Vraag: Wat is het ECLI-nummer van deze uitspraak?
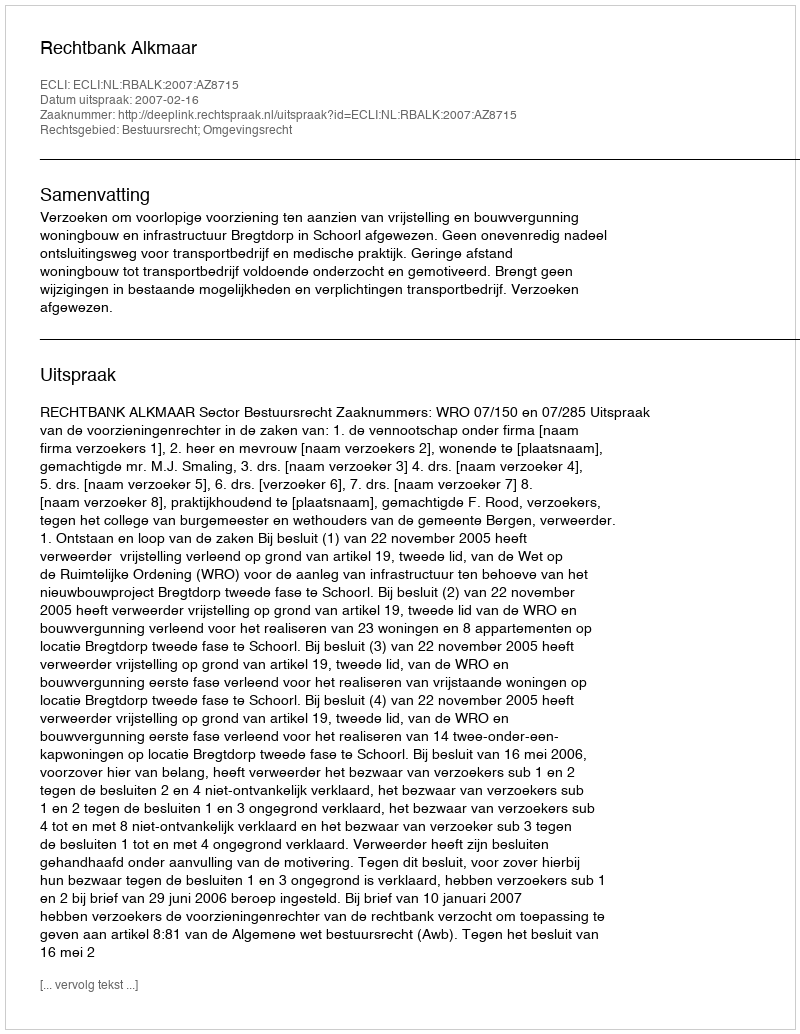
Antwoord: ECLI:NL:RBALK:2007:AZ8715